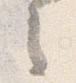
之